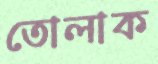
তোলাক